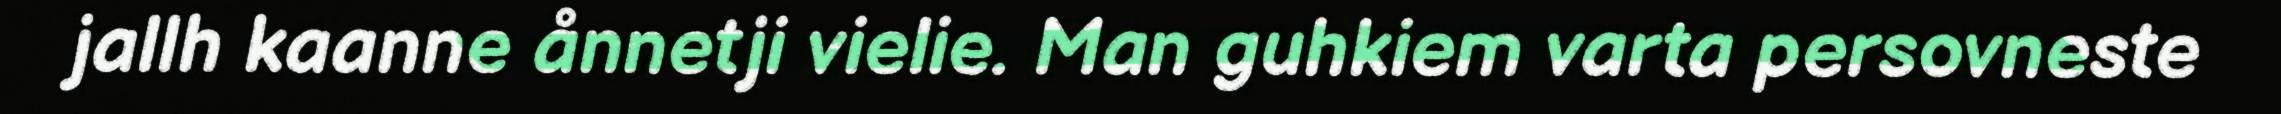
jallh kaanne ånnetji vielie. Man guhkiem varta persovneste